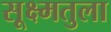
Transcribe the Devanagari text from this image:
सूक्ष्मतुला